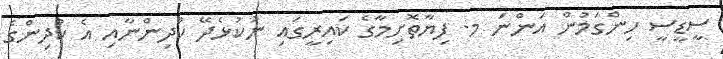
ސީޑީސީ ހިންގަމުން އަންނަ މ. ފިޔާތޮށިމާގެ ކައިރީގައި ނުކުޅެދޭ ކުދިންނާއި އެ ކުދިންގެ